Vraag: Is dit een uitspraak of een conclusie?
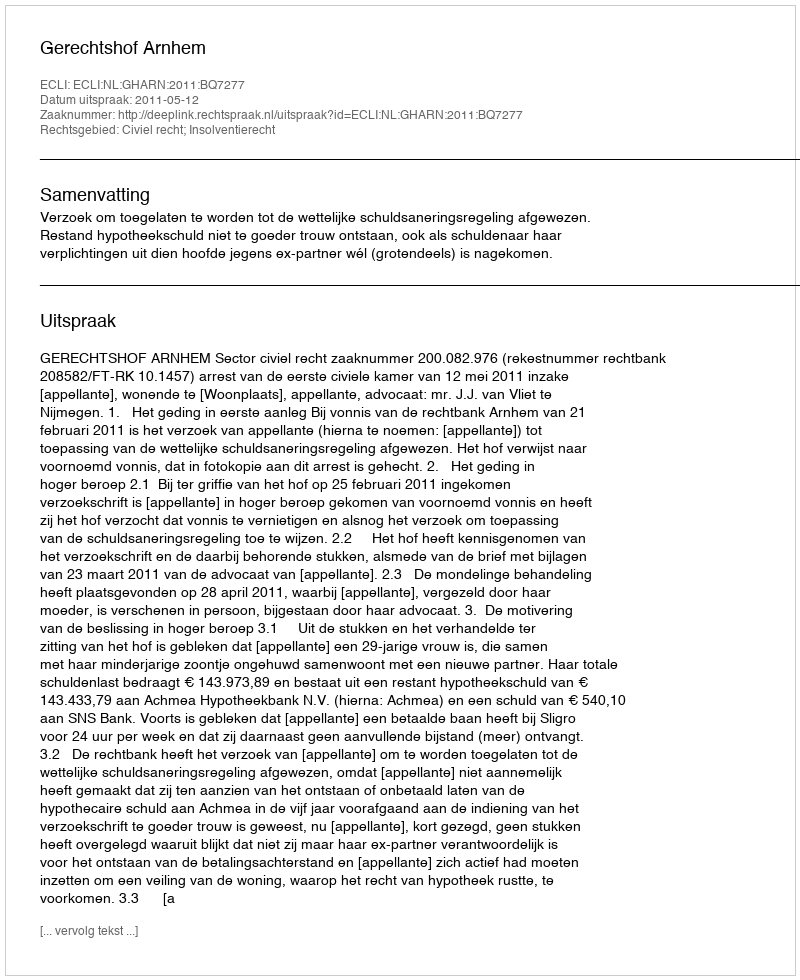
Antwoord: Uitspraak